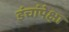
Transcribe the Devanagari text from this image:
इंचांपेक्षा